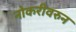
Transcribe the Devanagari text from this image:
नोकरीवरुन